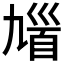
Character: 𩠒